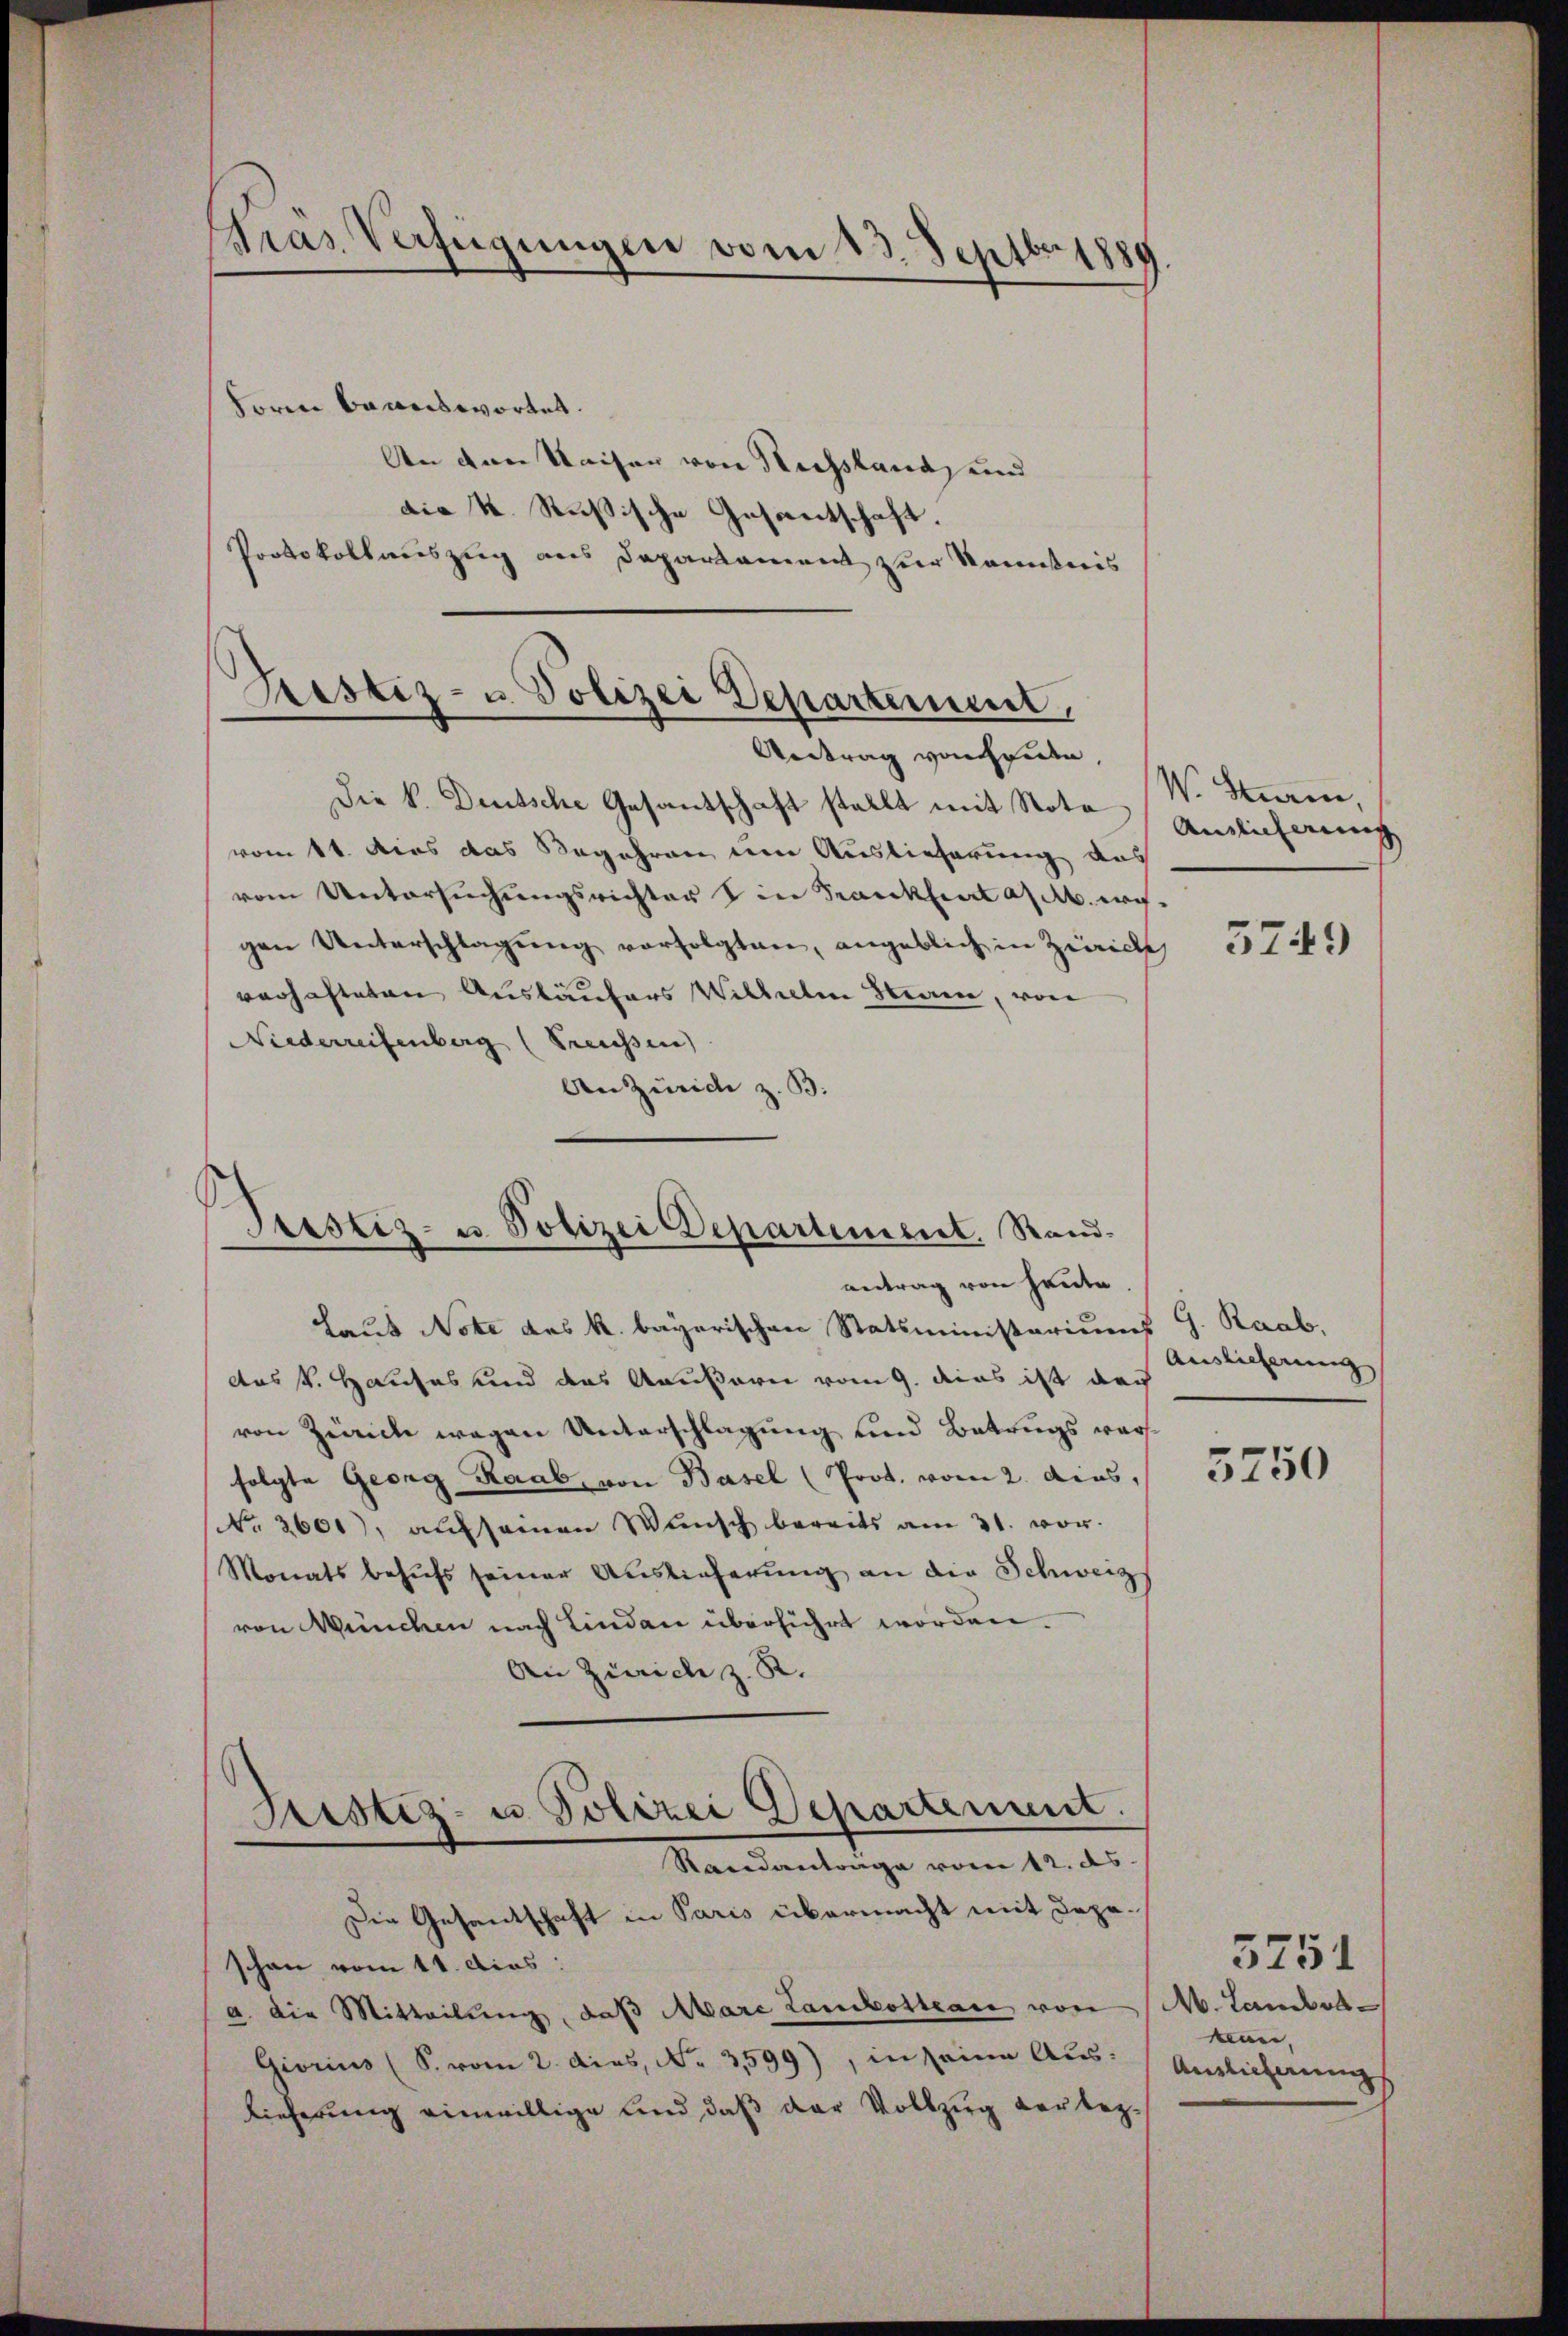
Gras Verfügungen vom 13. Septbr. 1889

Form baanswortet.
An den Waiser von Nachsland, und
die k. Rußische Gesantschaft.
Protokollauszug aus Departament zur Kenntnis

Testiz- u. Polizei Departement
Antrag von Friden,

Stestiz- u. Polizei Departement. Rand.

Die k. Deutsche Gesandschaft stellt mit Nota
vom 11. dies das Begehren um Auslieferung das
vom Untersuchungsrichter in Frankheit a M. ergen Unterschlagung vorfolgten, angeblich in Zürichsch
verhafteten Auskäufers Wilhelm Stain, von
Niederreisenberg (Treussen)
An Zürich z. B.

Laut Note des k. bayerischen Statsministeriums G. Raab,
das k. Hauses und das Aeußern vom 9. dies ist das
von Zürich wegen Unterschlagung und Betrugs versfolgte Georg Raab, von Basel (Prot. vom 2. dies,
NNo. 2601), aŭf seinen Wŭnsch bereits am 31. vor.
Monats behŭfs seiner Auslieferung an die Schweiz
von München nach Linden überführt worden.
An Zürich z. R.
Aristiz- u. Polizei Departement.
Randantrage vom 12. ds.
Die Gesantschaft in Paris übermacht mit depo
schon vom 11. dies:
a. die Mitteilŭng, daβ Mare Lambosteau von M. Lambede
Giorius (S. vom 2. dies, No. 3599), in seine Aus¬
Lieferung einwillige und, daß der Vollzug verbez¬

antrag von heute.

W. Sturm,
Anglicherung

5749

Auslieferung

5750

kan.
Auslieferungs

5751